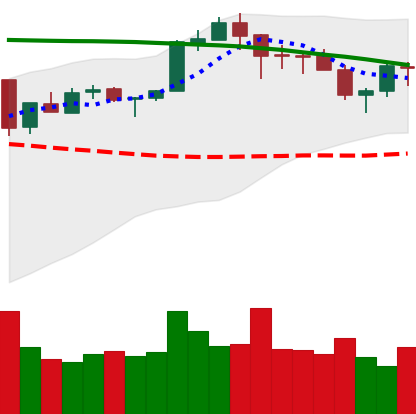
Ticker: ETH-USD
Chart end date: 2018-05-14
Forward return: -4.657%
Label: down_3_5